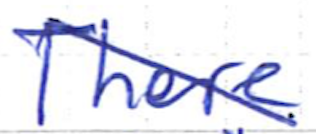
Text: There
Cross-out: mix
Writing tool: ballpoint